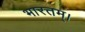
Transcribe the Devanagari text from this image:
भारतम्।